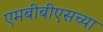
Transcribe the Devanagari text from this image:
एमबीबीएसच्या